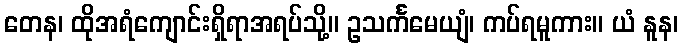
တေန၊ ထိုအရံကျောင်းရှိရာအရပ်သို့။ ဥသင်္ကမေယျံ၊ ကပ်ရမူကား။ ယံ နူန၊